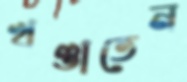
খণ্ডাতেন